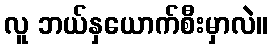
လူ ဘယ်နှယောက်စီးမှာလဲ။